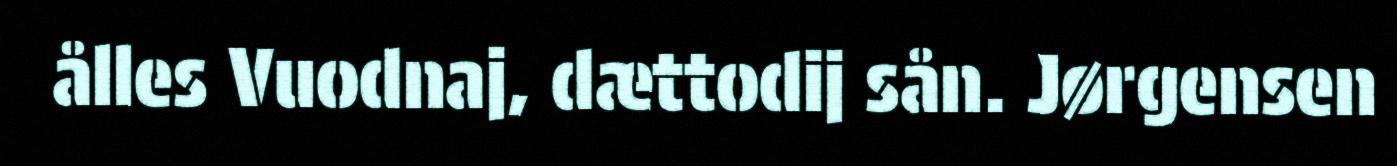
ålles Vuodnaj, dættodij sån. Jørgensen